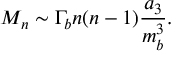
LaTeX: M _ { n } \sim \Gamma _ { b } n ( n - 1 ) \frac { a _ { 3 } } { m _ { b } ^ { 3 } } .